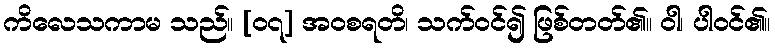
ကိလေသကာမ သည်။ [၀၇] အဝစရတိ၊ သက်ဝင်၍ ဖြစ်တတ်၏။ ဝါ၊ ပါဝင်၏။